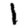
Digit: 1